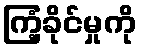
ကြံ့ခိုင်မှုကို